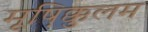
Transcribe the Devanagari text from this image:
मूष़िक्कुलम